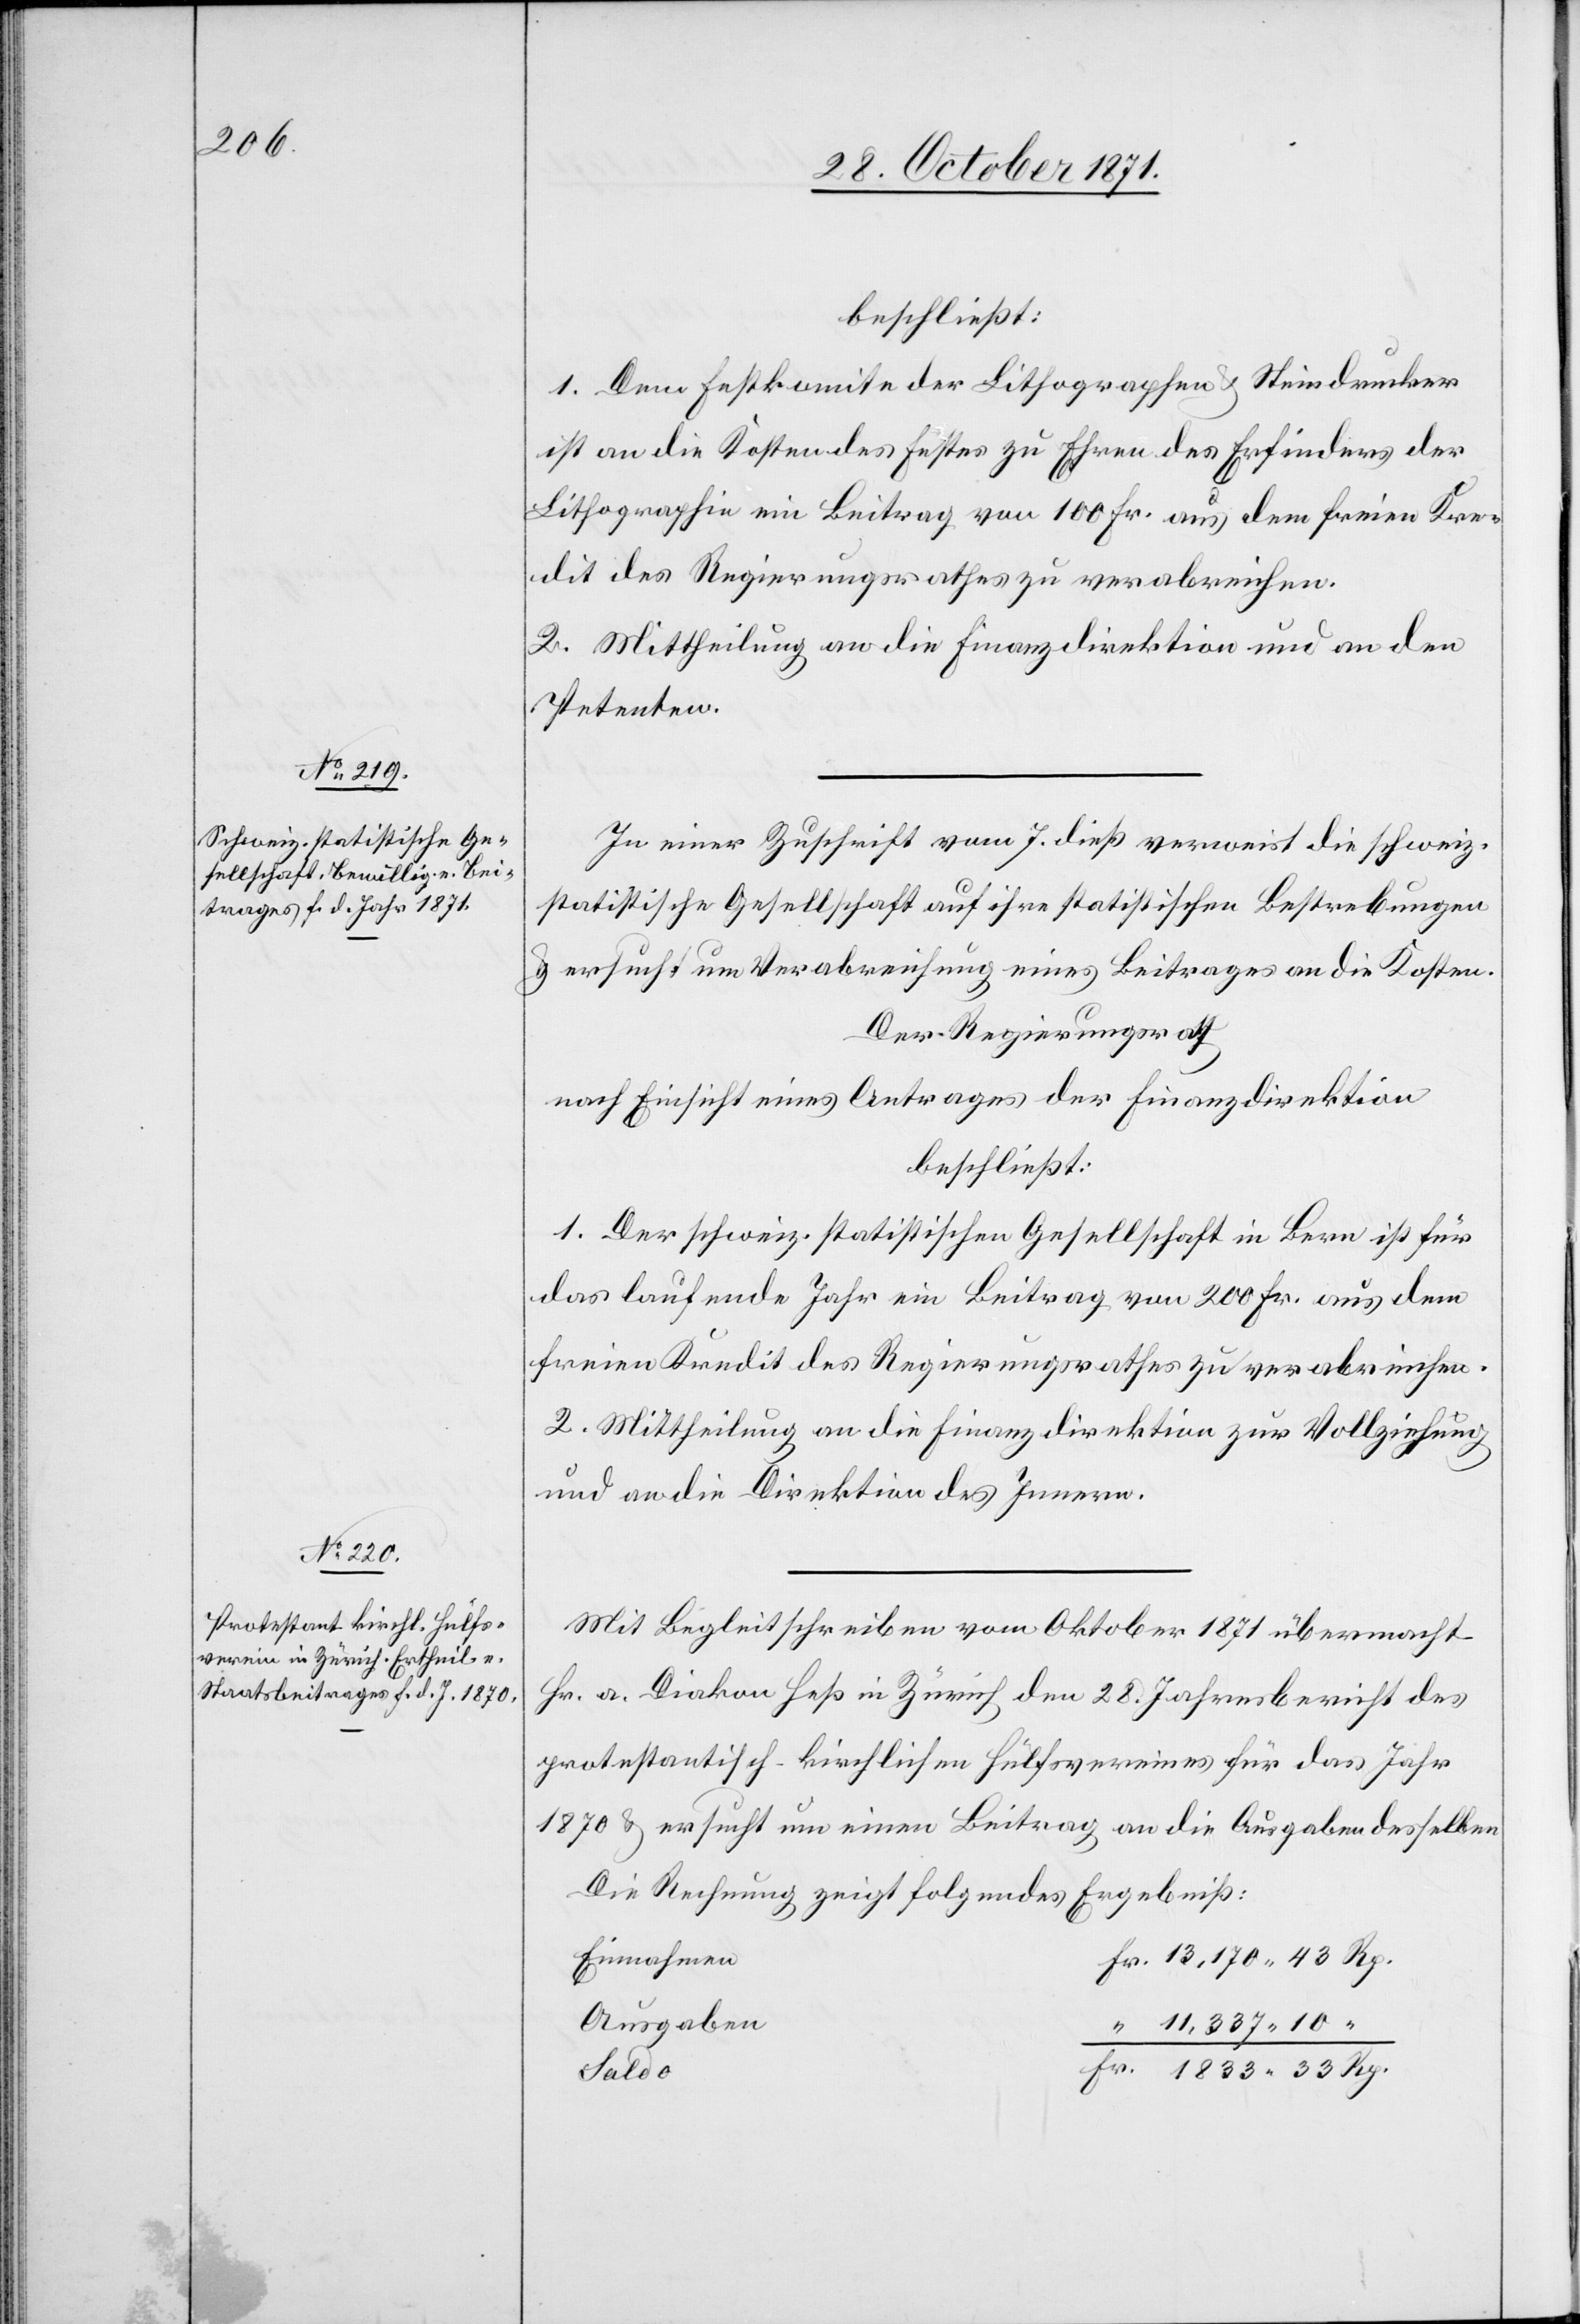
beschließt:
1. Dem Festkomite der Litographen & Steindrucker
ist an die Kosten des Festes zu Ehren des Erfinders der
Lithographie ein Beitrag von 100 Fr. aus dem freien Kre¬
dit des Regierungsrathes zu verabreichen.
2. Mittheilung an die Finanzdirektion und an den
Petenten.
In einer Zuschrift vom 7. dieß verweist die schweiz.
statistische Gesellschaft auf ihre statistischen Bestrebungen
& ersucht um Verabreichung eines Beitrages an die Kosten.
Der Regierungsrath
nach Einsicht eines Antrages der Finanzdirektion
beschließt:
1. Der schweiz. statistischen Gesellschaft in Bern ist für
das laufende Jahr ein Beitrag von 200 Fr. aus dem
freien Kredit des Regierungsrathes zu verabreichen.
2. Mittheilung an die Finanzdirektion zur Vollziehung
und an die Direktion des Innern.
Mit Begleitschreiben vom Oktober 1871 übermacht
Hr. a. Diakon Heß in Zürich den 28. Jahresbericht des
protestantisch-kirchlichen Hülfsvereines für das Jahr
1870 & ersucht um einen Beitrag an die Ausgaben desselben
Die Rechnung zeigt folgendes Ergebniß:
Einnahmen
Ausgaben
11,337. 10
Saldo